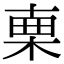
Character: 𣓟